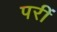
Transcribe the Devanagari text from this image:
परीं